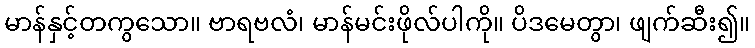
မာန်နှင့်တကွသော။ ဗာရဗလံ၊ မာန်မင်းဖိုလ်ပါကို။ ပိဒမေတွာ၊ ဖျက်ဆီး၍။